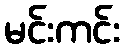
မင်းကင်း